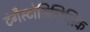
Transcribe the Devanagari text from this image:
टंगैस्टोसिलिसिक